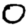
Digit: 0